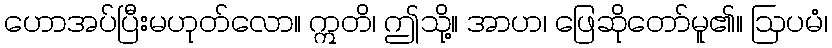
ဟောအပ်ပြီးမဟုတ်လော။ ဣတိ၊ ဤသို့။ အာဟ၊ ဖြေဆိုတော်မူ၏။ ဩပမံ၊